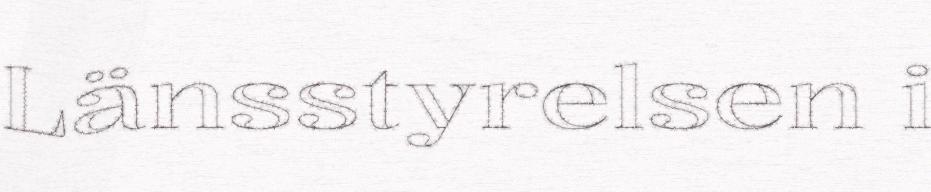
Länsstyrelsen i